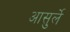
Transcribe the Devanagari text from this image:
आसुर्ले